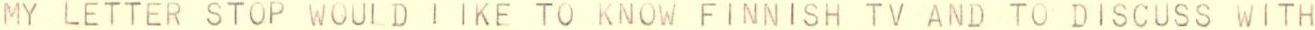
MY LETTER STOP WOULD I IKE TO KNOW FINNISH TV AND TO DISCUSS WITH